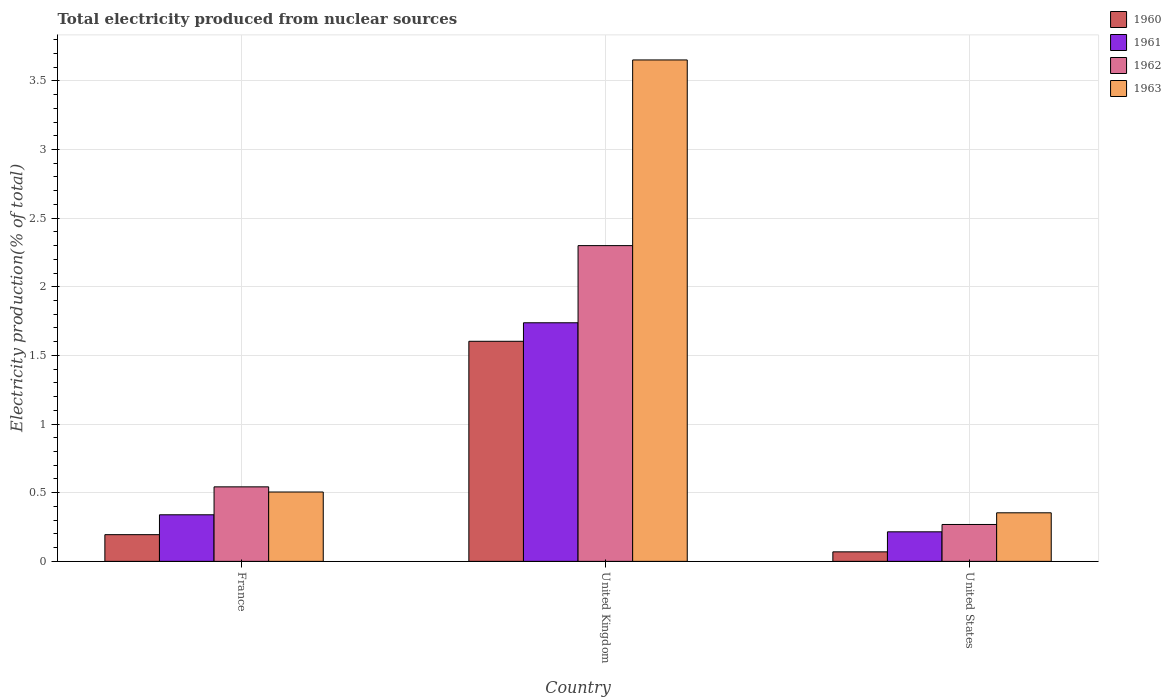
| Country | 1960 | 1961 | 1962 | 1963 |
 | --- | --- | --- | --- | --- |
 | France | 0.195 | 0.339 | 0.543 | 0.505 |
 | United Kingdom | 1.6 | 1.74 | 2.3 | 3.65 |
 | United States | 0.0693 | 0.215 | 0.269 | 0.354 |